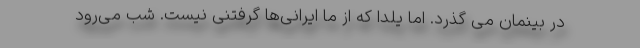
در بینمان می گذرد. اما یلدا که از ما ایرانی‌ها گرفتنی نیست. شب می‌رود